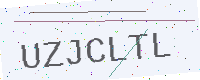
Text: UZJCLTL